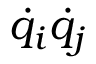
{ \dot { q } } _ { i } { \dot { q } } _ { j }